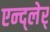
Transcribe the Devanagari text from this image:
एन्द्लेर्